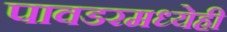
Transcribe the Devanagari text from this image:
पावडरमध्येही